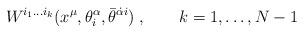
LaTeX: \begin{align*} W^{i_1\ldots i_k}(x^\mu, \theta^\alpha_i,\bar\theta^{\dot\alpha i})\;, \qquad k=1,\ldots, N-1\end{align*}